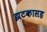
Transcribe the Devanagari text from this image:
झटकासह